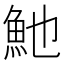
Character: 𩵔